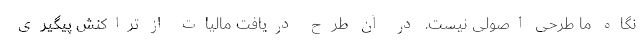
نگاه ما طرحی اصولی نیست. در آن طرح دریافت مالیات از تراکنش پیگیری